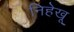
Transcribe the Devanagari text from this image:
निहेखू